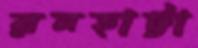
রনহাট্টা